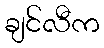
ချင်လီက